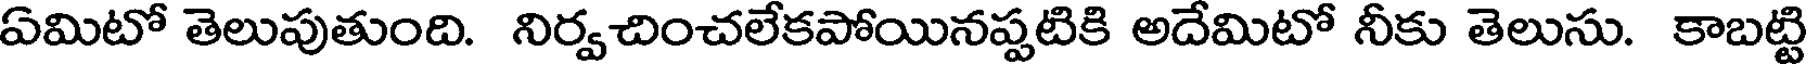
ఏమిటో తెలుపుతుంది. నిర్వచించలేకపోయినప్పటికి అదేమిటో నీకు తెలుసు. కాబట్టి